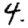
Digit: 4